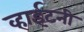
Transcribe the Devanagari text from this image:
व्हाईटनी